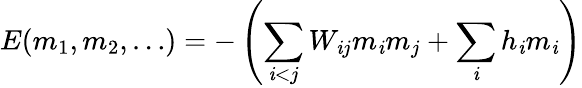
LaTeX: E(m_{1},m_{2},\ldots)=-\left(\sum_{\mathit{i}<j}{W_{\mathit{i}j}m_{\mathit{i}}m_{j}}+\sum_{\mathit{i}}{h_{\mathit{i}}m_{\mathit{i}}}\right)